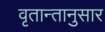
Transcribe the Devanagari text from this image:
वृतान्तानुसार